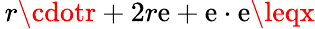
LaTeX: \, r\cdotr+2r\mathrm{e}+\mathrm{e}\cdot\mathrm{e}\leqx